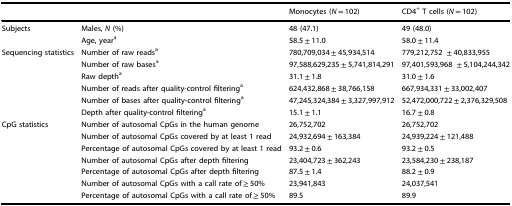
<table><thead><tr><td></td><td></td><td><b>Monocytes (<i>N</i> = 102)</b></td><td><b>CD4<sup>+</sup> T cells (<i>N</i> = 102)</b></td></tr></thead><tbody><tr><td rowspan="2">Subjects</td><td>Males, <i>N</i> (%)</td><td>48 (47.1)</td><td>49 (48.0)</td></tr><tr><td>Age, year<sup>a</sup></td><td>58.5 ± 11.0</td><td>58.0 ± 11.4</td></tr><tr><td rowspan="6">Sequencing statistics</td><td>Number of raw reads<sup>a</sup></td><td>780,709,034 ± 45,934,514</td><td>779,212,752± 40,833,955</td></tr><tr><td>Number of raw bases<sup>a</sup></td><td>97,588,629,235 ± 5,741,814,291</td><td>97,401,593,968± 5,104,244,342</td></tr><tr><td>Raw depth<sup>a</sup></td><td>31.1 ± 1.8</td><td>31.0 ± 1.6</td></tr><tr><td>Number of reads after quality-control filtering<sup>a</sup></td><td>624,432,868 ± 38,766,158</td><td>667,934,331 ± 33,002,407</td></tr><tr><td>Number of bases after quality-control filtering<sup>a</sup></td><td>47,245,324,384 ± 3,327,997,912</td><td>52,472,000,722 ± 2,376,329,508</td></tr><tr><td>Depth after quality-control filtering<sup>a</sup></td><td>15.1 ± 1.1</td><td>16.7 ± 0.8</td></tr><tr><td rowspan="7">CpG statistics</td><td>Number of autosomal CpGs in the human genome</td><td>26,752,702</td><td>26,752,702</td></tr><tr><td>Number of autosomal CpGs covered by at least 1 read</td><td>24,932,694 ± 163,384</td><td>24,939,224 ± 121,488</td></tr><tr><td>Percentage of autosomal CpGs covered by at least 1 read</td><td>93.2 ± 0.6</td><td>93.2 ± 0.5</td></tr><tr><td>Number of autosomal CpGs after depth filtering</td><td>23,404,723 ± 362,243</td><td>23,584,230 ± 238,187</td></tr><tr><td>Percentage of autosomal CpGs after depth filtering</td><td>87.5 ± 1.4</td><td>88.2 ± 0.9</td></tr><tr><td>Number of autosomal CpGs with a call rate of ≥ 50%</td><td>23,941,843</td><td>24,037,541</td></tr><tr><td>Percentage of autosomal CpGs with a call rate of ≥ 50%</td><td>89.5</td><td>89.9</td></tr></tbody></table>